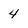
Character: 4